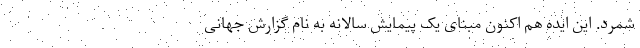
شمرد. این ایده هم اکنون مبنای یک پیمایش سالانه به نام گزارش جهانی